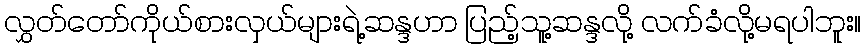
လွှတ်တော်ကိုယ်စားလှယ်များရဲ့ဆန္ဒဟာ ပြည့်သူ့ဆန္ဒလို့ လက်ခံလို့မရပါဘူး။